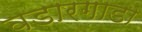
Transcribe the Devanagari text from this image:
वडारगाडा